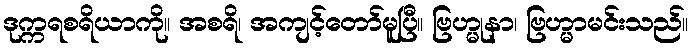
ဒုက္ကရစရိယာကို။ အစရိ၊ အကျင့်တော်မူပြီ။ ဗြဟ္မုနာ၊ ဗြဟ္မာမင်းသည်။